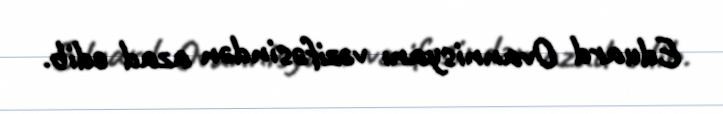
Eduard Ovannisyanı vəzifəsindən azad edib.